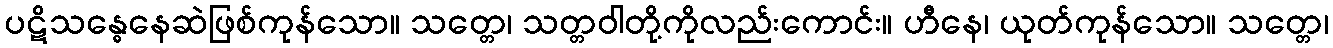
ပဋိသန္ဓေနေဆဲဖြစ်ကုန်သော။ သတ္တေ၊ သတ္တဝါတို့ကိုလည်းကောင်း။ ဟီနေ၊ ယုတ်ကုန်သော။ သတ္တေ၊